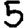
Digit: 5